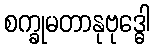
စက္ခုမတာနုဗုဒ္ဓေါ